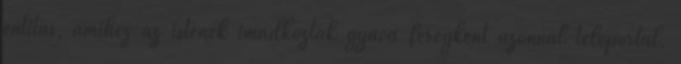
entitás, amihez az istenek imádkoztak gyáva féregként azonnal teleportál,